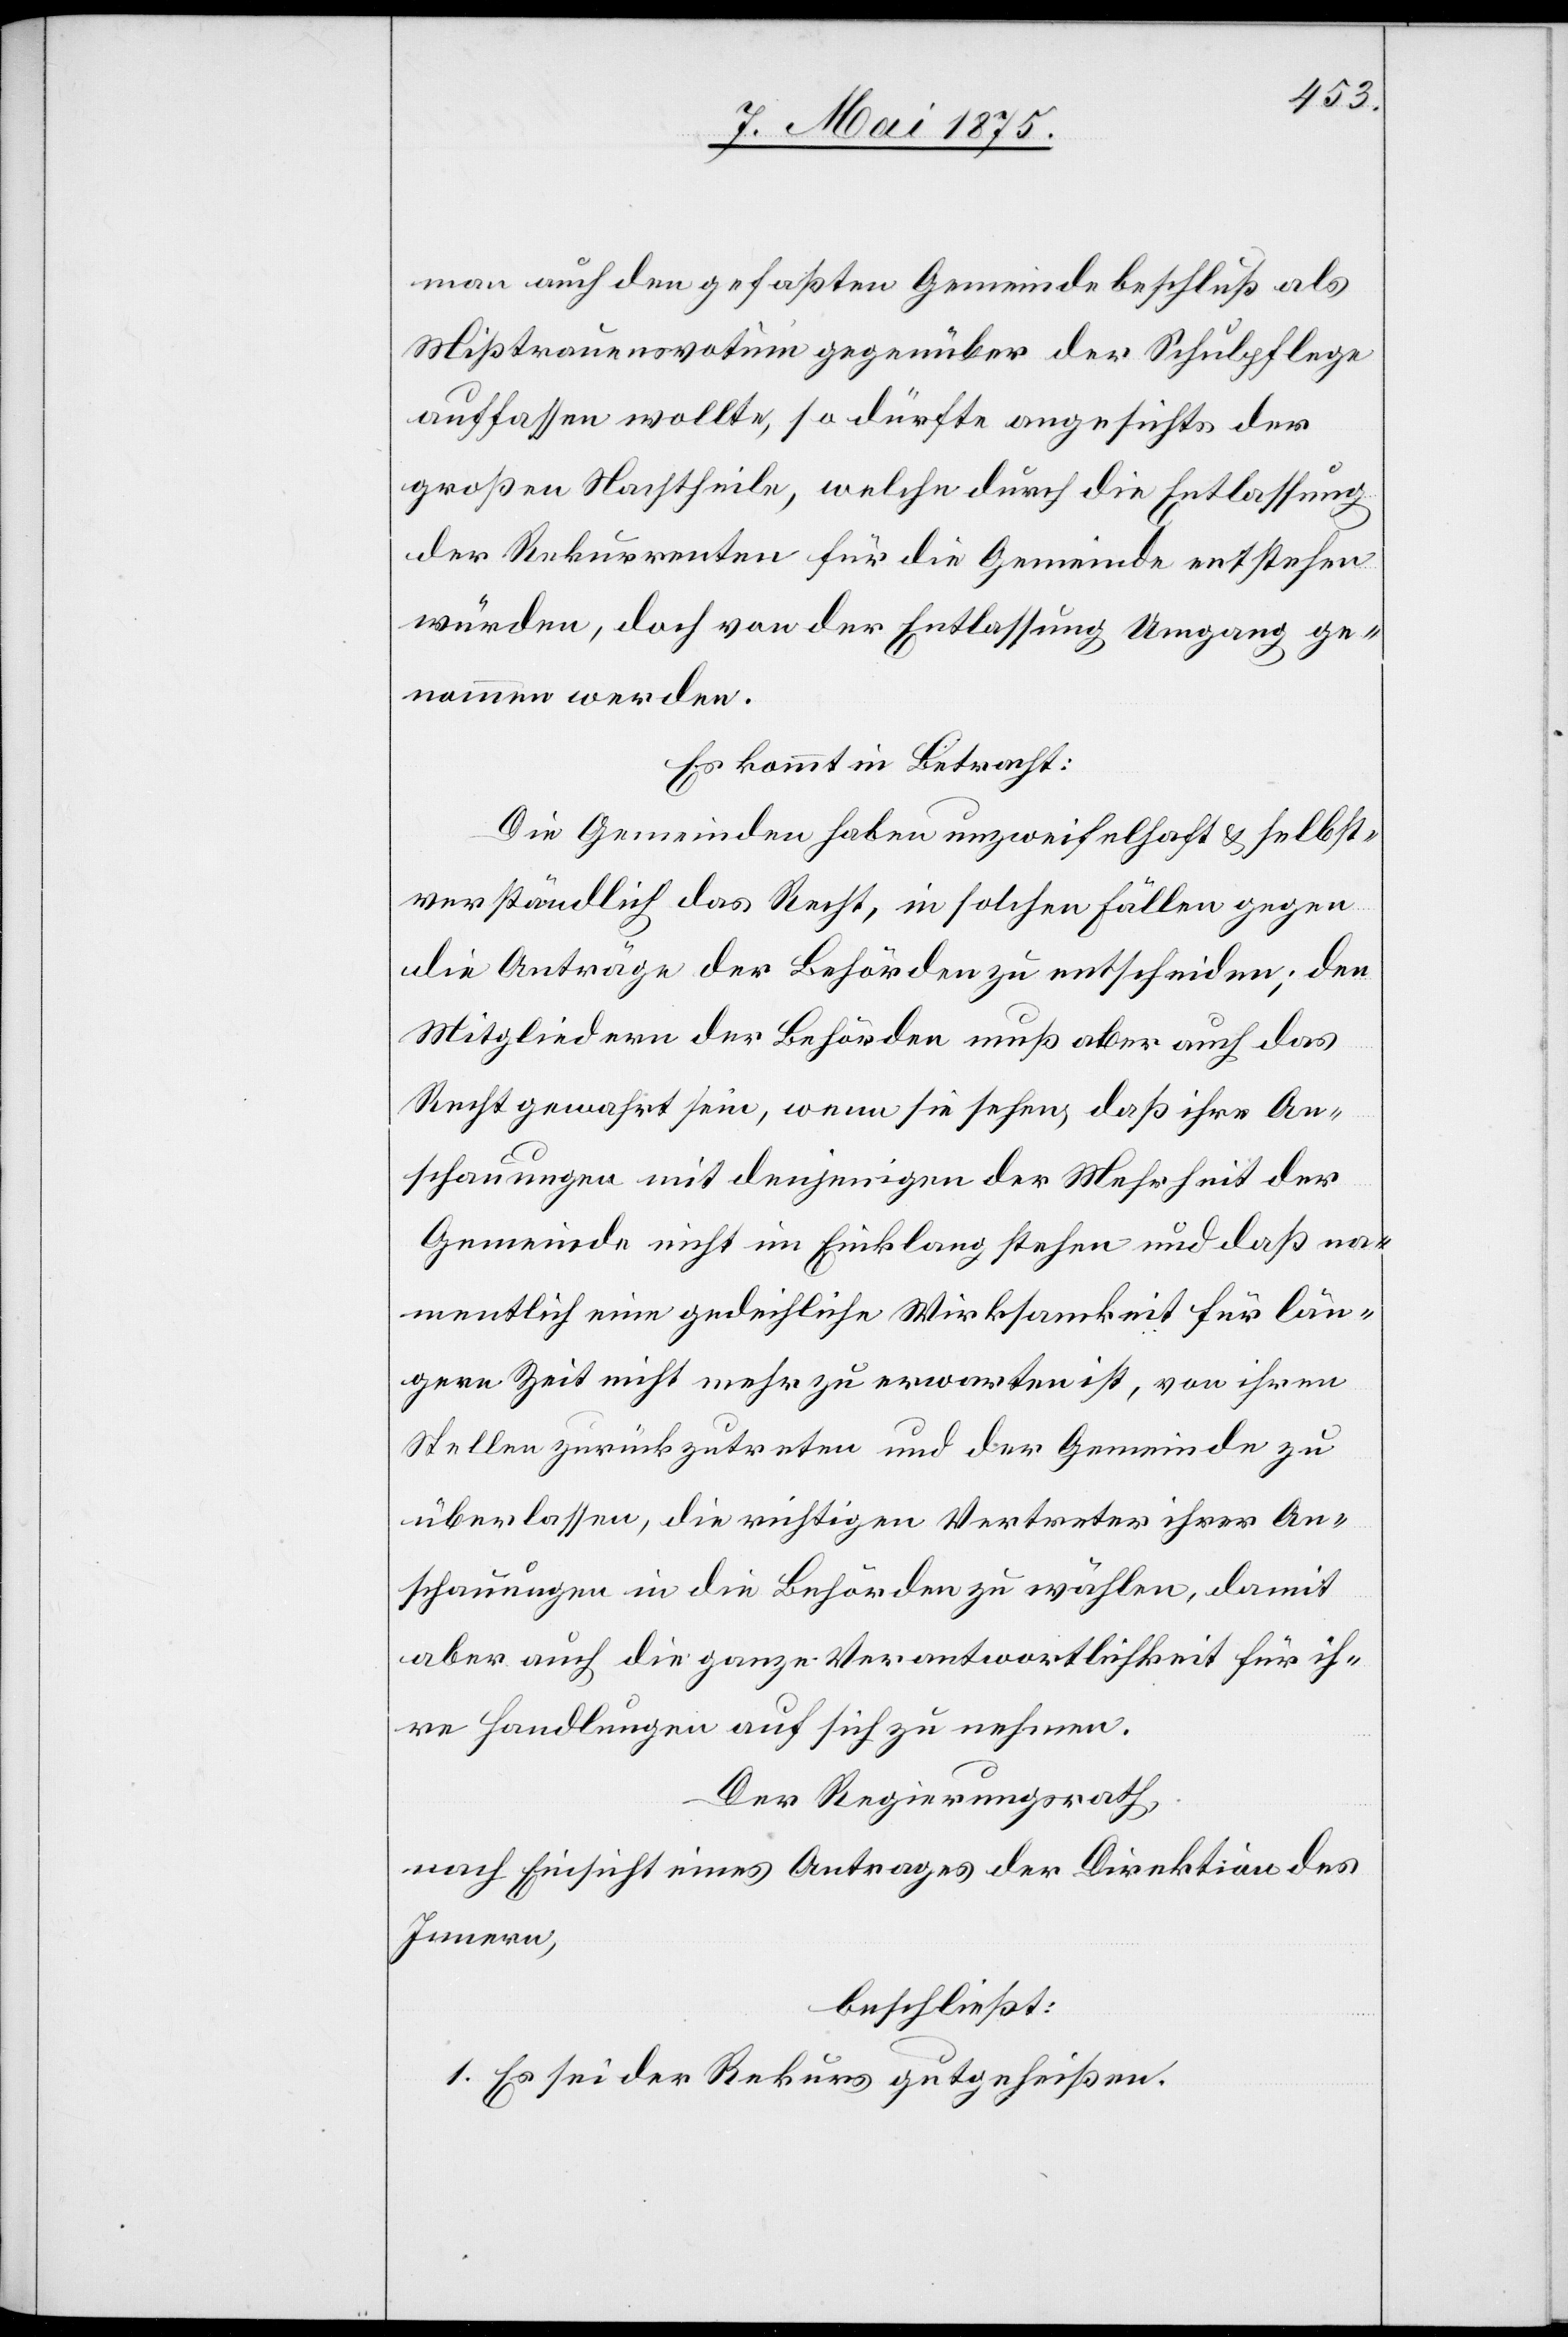
man auch den gefaßten Gemeindebeschluß als
Mißtrauensvotum gegenüber der Schulpflege
auffassen wollte, so dürfte angesichts der
großen Nachtheile, welche durch die Entlassung
der Rekurrenten für die Gemeinde entstehen
würden, doch von der Entlassung Umgang ge¬
nommen werden.
Es kommt in Betracht:
Die Gemeinden haben unzweifelhaft & selbst¬
verständlich das Recht in solchen Fällen gegen
die Anträge der Behörden zu entscheiden; den
Mitgliedern der Behörden muß aber auch das
Recht gewahrt sein, wenn sie sehen, daß ihre An¬
schauungen mit denjenigen der Mehrheit der
Gemeinde nicht im Einklang stehen und daß na¬
mentlich eine gedeihliche Wirksamkeit für län¬
gere Zeit nicht mehr zu erwarten ist, von ihren
Stellen zurückzutreten und der Gemeinde zu
überlassen, die richtigen Vertreter ihrer An¬
schauungen in die Behörden zu wählen, damit
aber auch die ganze Verantwortlichkeit für ih¬
re Handlungen auf sich zu nehmen.
Der Regierungsrath,
nach Einsicht eines Antrages der Direktion des
Innern,
beschließt:
1. Es sei der Rekurs gutgeheißen.